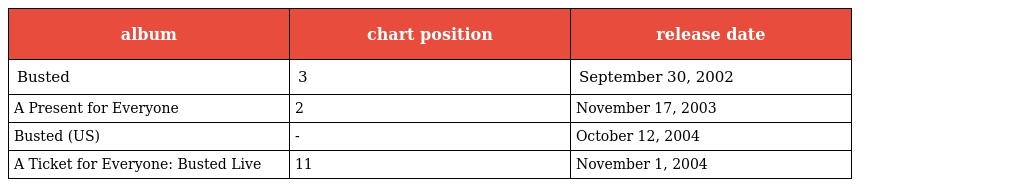
| album | chart position | release date |
 | --- | --- | --- |
 | Busted | 3 | September 30, 2002 |
 | A Present for Everyone | 2 | November 17, 2003 |
 | Busted (US) | - | October 12, 2004 |
 | A Ticket for Everyone: Busted Live | 11 | November 1, 2004 |